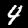
Label: 4